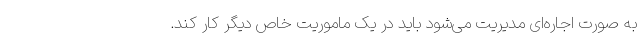
به صورت اجاره‌ای مدیریت می‌شود باید در یک ماموریت خاص دیگر کار کند.